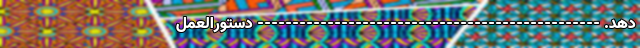
دهد. ------------------------------------------------- دستورالعمل